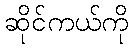
ဆိုင်ကယ်ကို